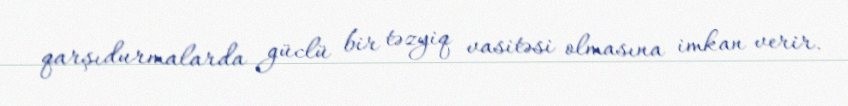
qarşıdurmalarda güclü bir təzyiq vasitəsi olmasına imkan verir.